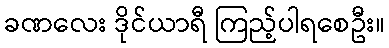
ခဏလေး ဒိုင်ယာရီ ကြည့်ပါရစေဦး။